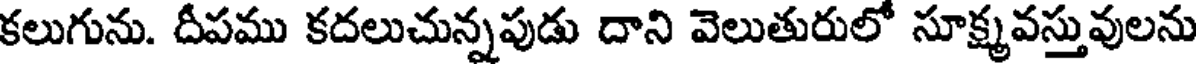
కలుగును. దీపము కదలుచున్నపుడు దాని వెలుతురులో సూక్ష్మవస్తువులను